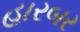
હારબર